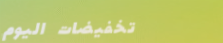
تخفيضات اليوم